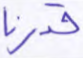
قدرنا